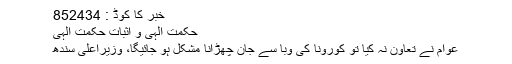
خبر کا کوڈ : 852434
حکمت الٰہی و اثبات حکمت الٰہی
عوام نے تعاون نہ کیا تو کورونا کی وبا سے جان چھڑانا مشکل ہو جائیگا، وزیراعلیٰ سندھ